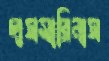
দাসমারিনাস